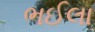
ભઈલા